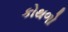
કોથળો